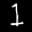
Label: 1